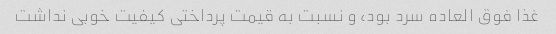
غذا فوق العاده سرد بود، و نسبت به قیمت پرداختی کیفیت خوبی نداشت